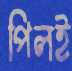
পিলই